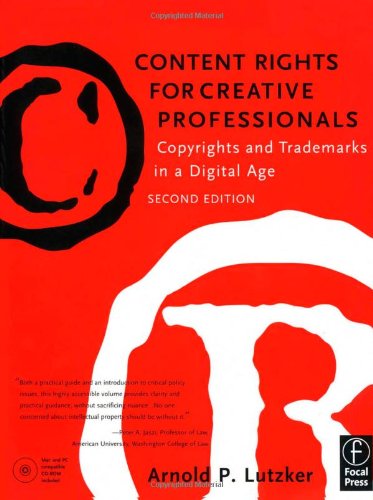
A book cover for Content Rights for Creative Professionals: Copyrights & Trademarks in a Digital Age; Law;